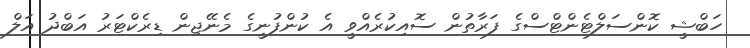
ހަބްޝީ ކޮންސަލްޓެންޓްސްގެ ފަރާތުން ސޮއިކުރެއްވީ އެ ކުންފުނީގެ މެނޭޖިން ޑިރެކްޓަރު އަބްދު އަލް